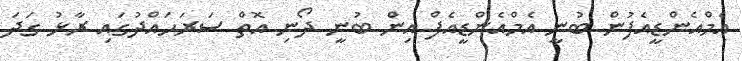
އެމްއެންޑީއެފުން ބުނީ އެމްއެންޑީއެފް އިން ބުނީ ދޯނި އޮތް ސަރަޙައްދުގައި ރާޅު ގަދަ